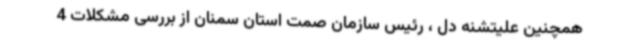
همچنین علیتشنه دل ، رئیس سازمان صمت استان سمنان از بررسی مشکلات 4